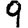
Digit: 9